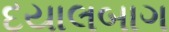
દયાલબાગ